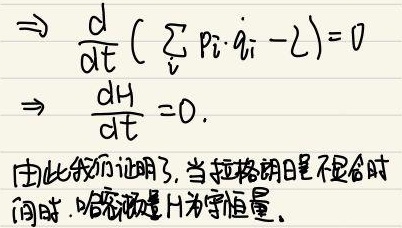
\[\begin{align*}
&\Rightarrow\frac{\mathrm{d}}{\mathrm{d}t}\left(\sum_{i}p_{i}\dot{q}_{i}-\mathcal{L}\right)=0\\
&\Rightarrow\frac{\mathrm{d}H}{\mathrm{d}t}=0.
\end{align*}\]
由此我们证明了，当拉格朗日量不显含时间时，哈密顿量 $H$ 为守恒量。